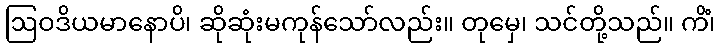
ဩဝဒိယမာနောပိ၊ ဆိုဆုံးမကုန်သော်လည်း။ တုမှေ၊ သင်တို့သည်။ ကိံ၊